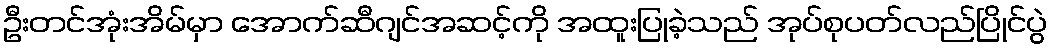
ဦးတင်အုံးအိမ်မှာ အောက်ဆီဂျင်အဆင့်ကို အထူးပြုခဲ့သည် အုပ်စုပတ်လည်ပြိုင်ပွဲ